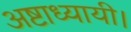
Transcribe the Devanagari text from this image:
अष्टाध्यायी।